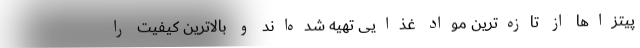
پیتزاها از تازه‌ترین مواد غذایی تهیه شده‌اند و بالاترین کیفیت را